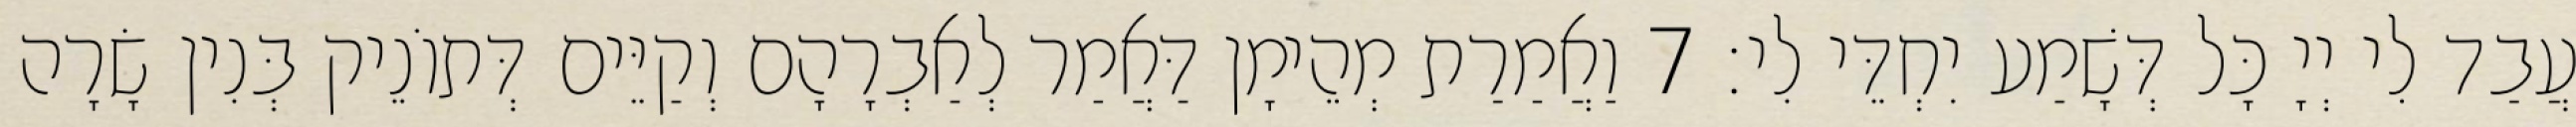
עֲבַד לִי יְיָ כָּל דְּשָׁמַע יִחְדֵּי לִי׃ 7 וַאֲמַרַת מְהֵימָן דַּאֲמַר לְאַבְרָהָם וְקַיֵּים דְּתוֹנֵיק בְּנִין שָׂרָה